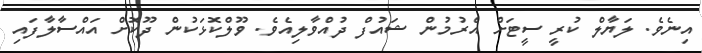
އިނެވެ. ލަޔާލް ކުރީ ސީޓަށް އެރުމުން ޝައުފް ދުއްވާލިއެވެ. ވޫލްކޮޅަކުން ދޫކޮށް އައްސާލާފައި